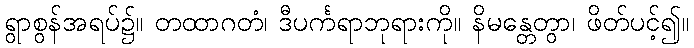
ရွာစွန်အရပ်၌။ တထာဂတံ၊ ဒီပင်္ကရာဘုရားကို။ နိမန္တေတွာ၊ ဖိတ်ပင့်၍။